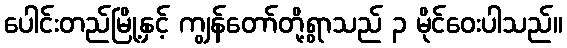
ပေါင်းတည်မြို့နှင့် ကျွန်တော်တို့ရွာသည် ၃ မိုင်ဝေးပါသည်။